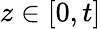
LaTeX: z\in[0,t]